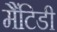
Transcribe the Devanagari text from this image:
मैंटिडी